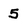
Character: 5